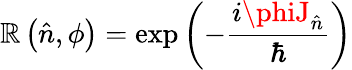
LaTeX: \mathbb{R}\left({\hat{{n}}},\phi\right)=\exp\left(-{\frac{{i\phiJ_{\hat{{n}}}}}{{\hbar}}}\right)